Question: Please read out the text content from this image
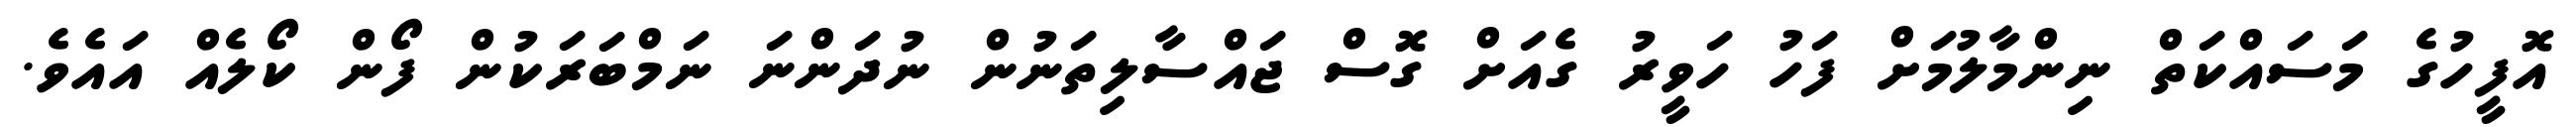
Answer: އޮފީހުގެ މަސައްކަތް ނިންމާލުމަށް ފަހު ހަވީރު ގެއަށް ގޮސް ޖައްސާލިތަނުން ނުދަންނަ ނަމްބަރަކުން ފޯން ކޯލެއް އައެވެ.